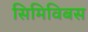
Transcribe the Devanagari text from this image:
सिमिविबस